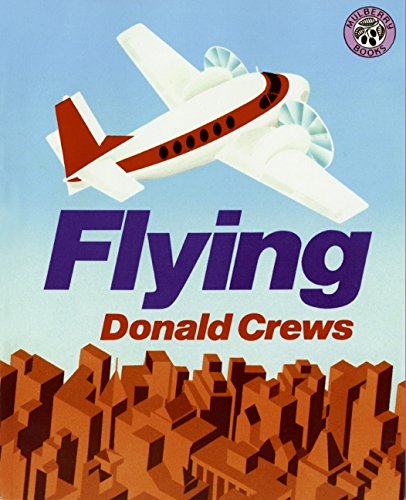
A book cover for Flying; Donald Crews; Children's Books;